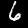
Label: 6